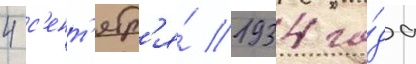
4 с'ент'ябр'я́ 1934 го́да